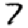
Digit: 7